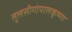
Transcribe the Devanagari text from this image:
तुलसीगोपालकृष्‍णा